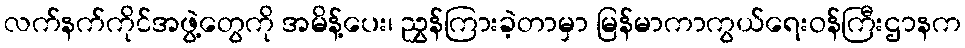
လက်နက်ကိုင်အဖွဲ့တွေကို အမိန့်ပေး၊ ညွှန်ကြားခဲ့တာမှာ မြန်မာကာကွယ်ရေးဝန်ကြီးဌာနက